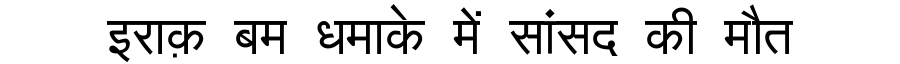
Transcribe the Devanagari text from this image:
इराक़ बम धमाके में सांसद की मौत